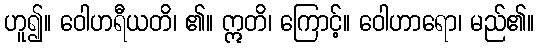
ဟူ၍။ ဝေါဟရီယတိ၊ ၏။ ဣတိ၊ ကြောင့်။ ဝေါဟာရော၊ မည်၏။